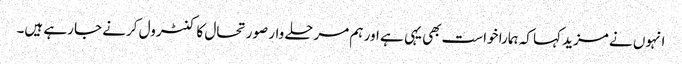
انہوں نے مزید کہا کہ ہمارا خواست بھی یہی ہے اور ہم مرحلے وار صورتحال کا کنٹرول کرنے جا رہے ہیں۔